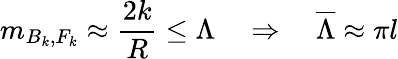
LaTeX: m_{B_{k},F_{k}}\approx\frac{2k}{R}\leq\Lambda\, \, \, \, \, \, \Rightarrow\, \, \, \, \, \, {\overline{{\Lambda}}}\approx\pi l